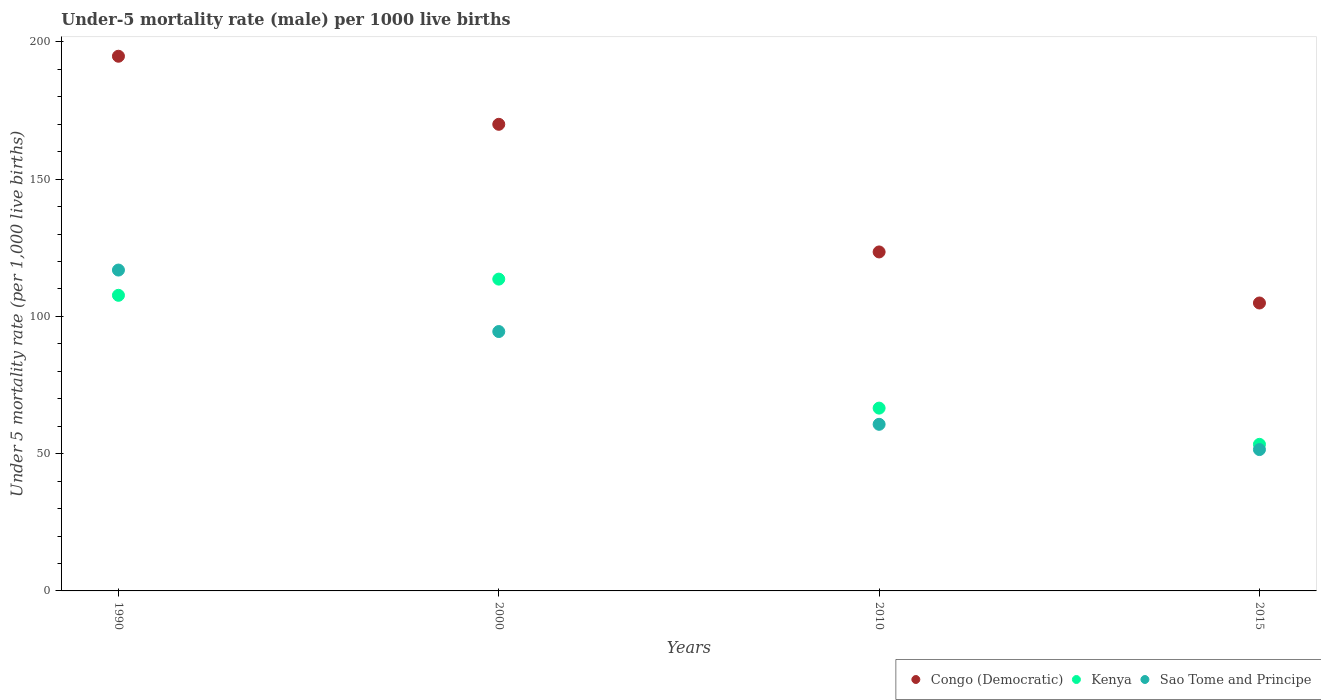
| Years | Congo (Democratic) | Kenya | Sao Tome and Principe |
 | --- | --- | --- | --- |
 | 1990 | 195 | 108 | 117 |
 | 2000 | 170 | 114 | 94.5 |
 | 2010 | 124 | 66.6 | 60.7 |
 | 2015 | 105 | 53.4 | 51.5 |